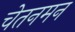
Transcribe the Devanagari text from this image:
चेतनमन